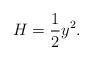
LaTeX: \begin{align*} H = \frac{1}{2} y^{2}.\end{align*}